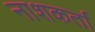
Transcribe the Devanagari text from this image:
नाशकर्ता